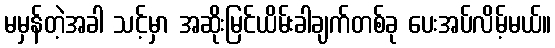
မမှန်တဲ့အခါ သင့်မှာ အဆိုးမြင်ယိမ်းခါချက်တစ်ခု ပေးအပ်လိမ့်မယ်။